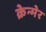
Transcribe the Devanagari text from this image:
क्रेन्मेर